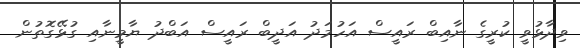
ވިދާޅުވީ ކުރީގެ ނާއިބް ރައީސް އަހުމަދު އަދީބް ރައީސް އަބްދު ޔާމީނާއި ގުޅޭގޮތުން